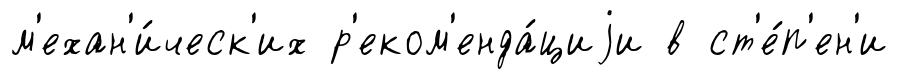
м'ехан'и́ческ'их р'еком'енда́циjи в ст'е́п'ен'и